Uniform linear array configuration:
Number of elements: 32
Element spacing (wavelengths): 1
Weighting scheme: exponential
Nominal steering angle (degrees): -45
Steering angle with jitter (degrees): -43.817
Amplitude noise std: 0.05
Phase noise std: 0.05

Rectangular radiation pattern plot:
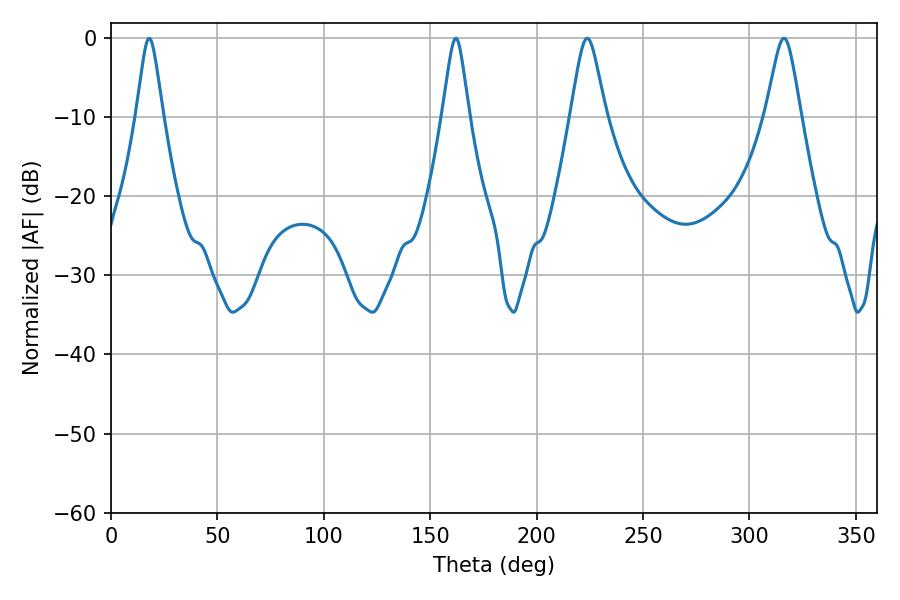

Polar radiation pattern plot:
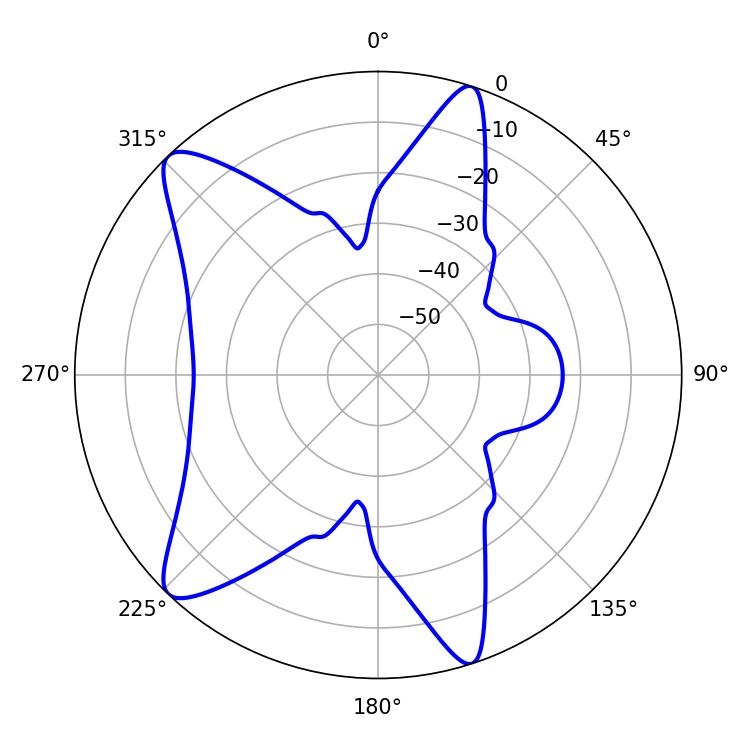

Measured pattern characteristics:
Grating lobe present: TRUE
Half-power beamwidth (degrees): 7.92
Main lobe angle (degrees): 316.26